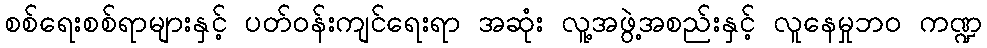
စစ်ရေးစစ်ရာများနှင့် ပတ်ဝန်းကျင်ရေးရာ အဆုံး လူ့အဖွဲ့အစည်းနှင့် လူနေမှုဘဝ ကဏ္ဍ